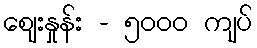
ဈေးနှုန်း - ၅၀၀၀ ကျပ်